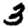
Digit: 3